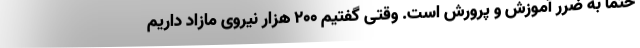
حتماً به ضرر آموزش و پرورش است. وقتی گفتیم ۲۰۰ هزار نیروی مازاد داریم